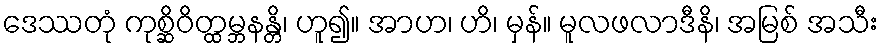
ဒေဿတုံ ကုစ္ဆိဝိတ္ထမ္ဘနန္တိ၊ ဟူ၍။ အာဟ၊ ဟိ၊ မှန်။ မူလဖလာဒီနိ၊ အမြစ် အသီး